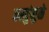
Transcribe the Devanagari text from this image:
वस्तुंमुळे